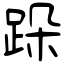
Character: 跺